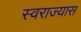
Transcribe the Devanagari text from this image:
स्वराज्यास